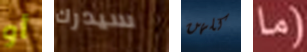
أو سيدرك كلهن (ما